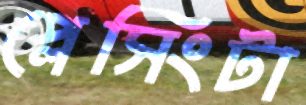
প্লেসিংটা